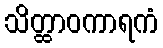
သိတ္ထာဝကာရကံ